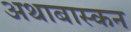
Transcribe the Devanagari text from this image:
अथाबास्कन